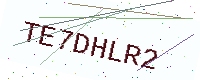
Text: TE7DHLR2